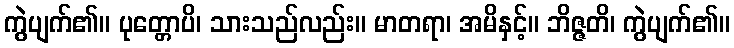
ကွဲပျက်၏။ ပုတ္တောပိ၊ သားသည်လည်း။ မာတရာ၊ အမိနှင့်။ ဘိဇ္ဇတိ၊ ကွဲပျက်၏။